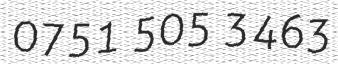
0751 505 3463